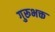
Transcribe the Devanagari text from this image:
गुरूभक्त